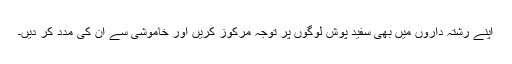
اپنے رشتہ داروں میں بھی سفید پوش لوگوں پر توجہ مرکوز کریں اور خاموشی سے ان کی مدد کر دیں۔